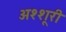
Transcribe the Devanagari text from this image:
अश्शूरी